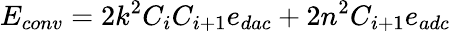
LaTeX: E_{conv}=2k^{2}C_{i}C_{i+1}e_{dac}+2n^{2}C_{i+1}e_{adc}